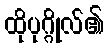
ထိုပုဂ္ဂိုလ်၏